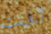
أقحمت